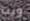
ويت